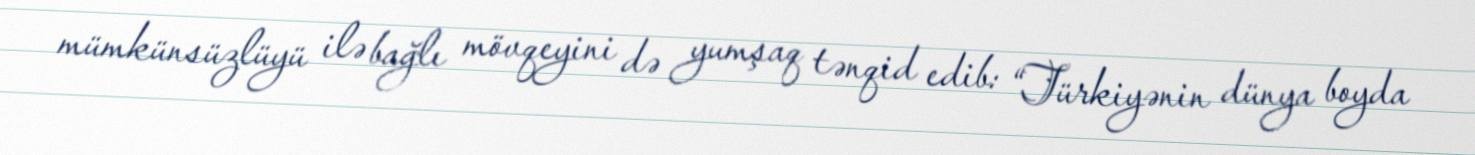
mümkünsüzlüyü ilə bağlı mövqeyini də yumşaq tənqid edib: “Türkiyənin dünya boyda